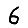
Digit: 6